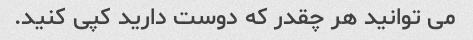
می توانید هر چقدر که دوست دارید کپی کنید.